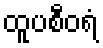
ထူပစီဝရံ